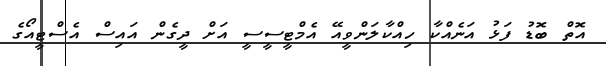
އޮތް ބޮޑު ފަޅު އަނެއްކާ ހިއްކާލަންވީއޭ އެމްޓީސީސީ އަށް ދީގެން އައިސް އެސްޓީއޯގެ